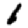
Digit: 1